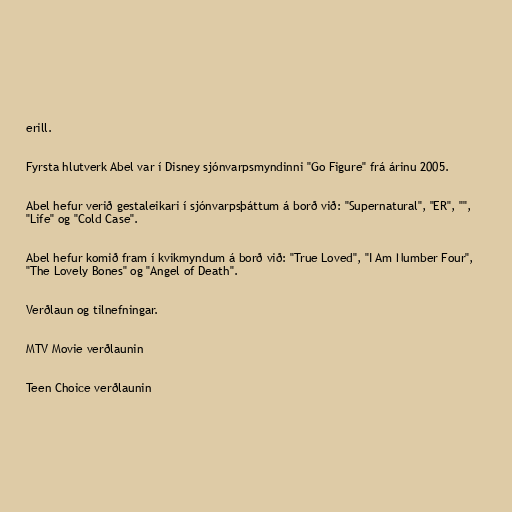
erill.

Fyrsta hlutverk Abel var í Disney sjónvarpsmyndinni "Go Figure" frá árinu 2005.

Abel hefur verið gestaleikari í sjónvarpsþáttum á borð við: "Supernatural", "ER", "",
"Life" og "Cold Case".

Abel hefur komið fram í kvikmyndum á borð við: "True Loved", "I Am Number Four",
"The Lovely Bones" og "Angel of Death".

Verðlaun og tilnefningar.

MTV Movie verðlaunin

Teen Choice verðlaunin